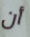
أن